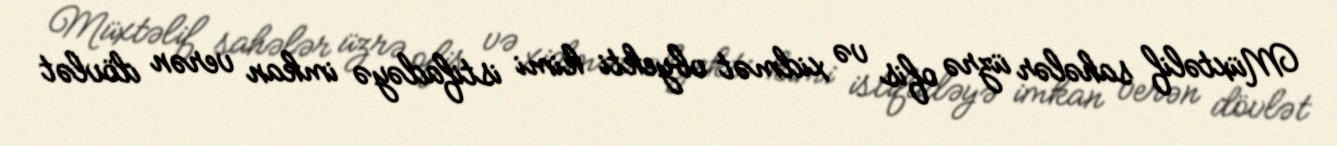
Müxtəlif sahələr üzrə ofis və xidmət obyekti kimi istifadəyə imkan verən dövlət